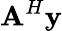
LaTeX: \mathbf A^{H}\mathbf y